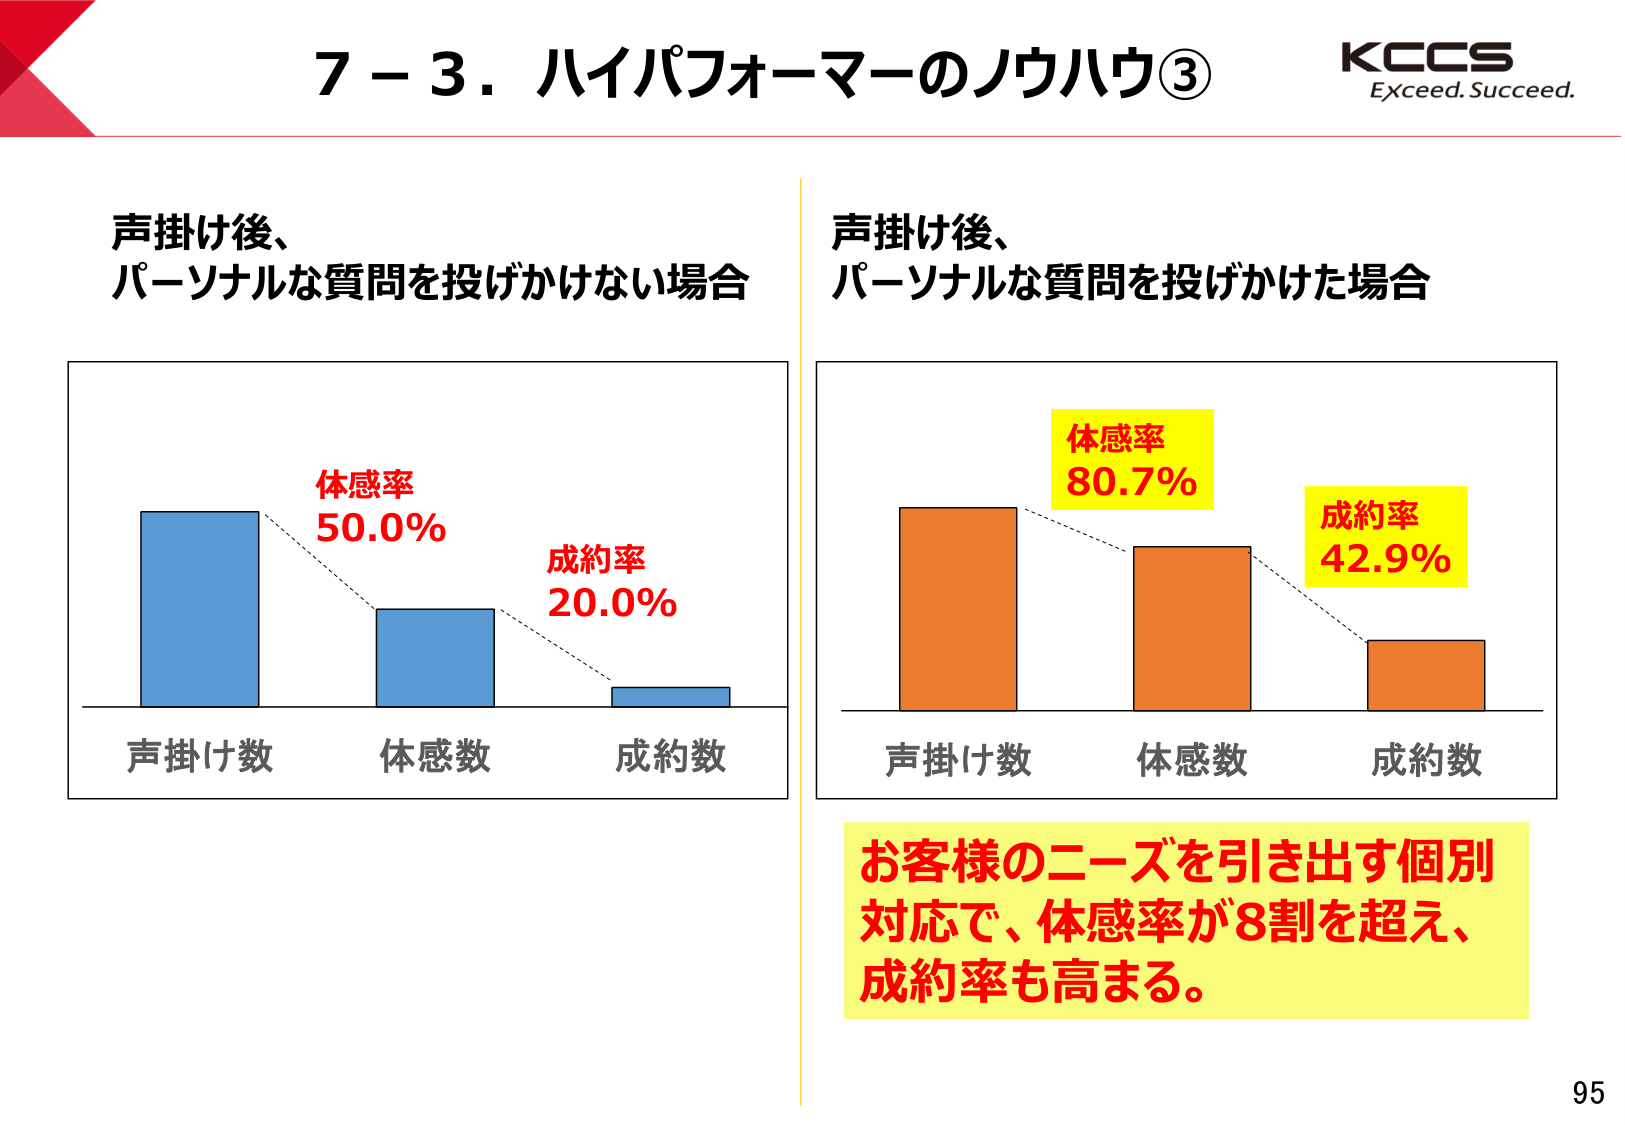
7－3．ハイパフォーマーのノウハウ③
KCCS
Exceed. Succeed.

声掛け後、
パーソナルな質問を投げかけない場合

声掛け後、
パーソナルな質問を投げかけた場合

体感率
50.0%
成約率
20.0%

体感率
80.7%
成約率
42.9%

声掛け数　体感数　成約数
声掛け数　体感数　成約数

お客様のニーズを引き出す個別
対応で、体感率が8割を超え、
成約率も高まる。

95